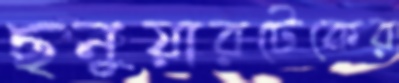
ছনুয়ারটেকের